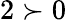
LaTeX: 2\succ 0